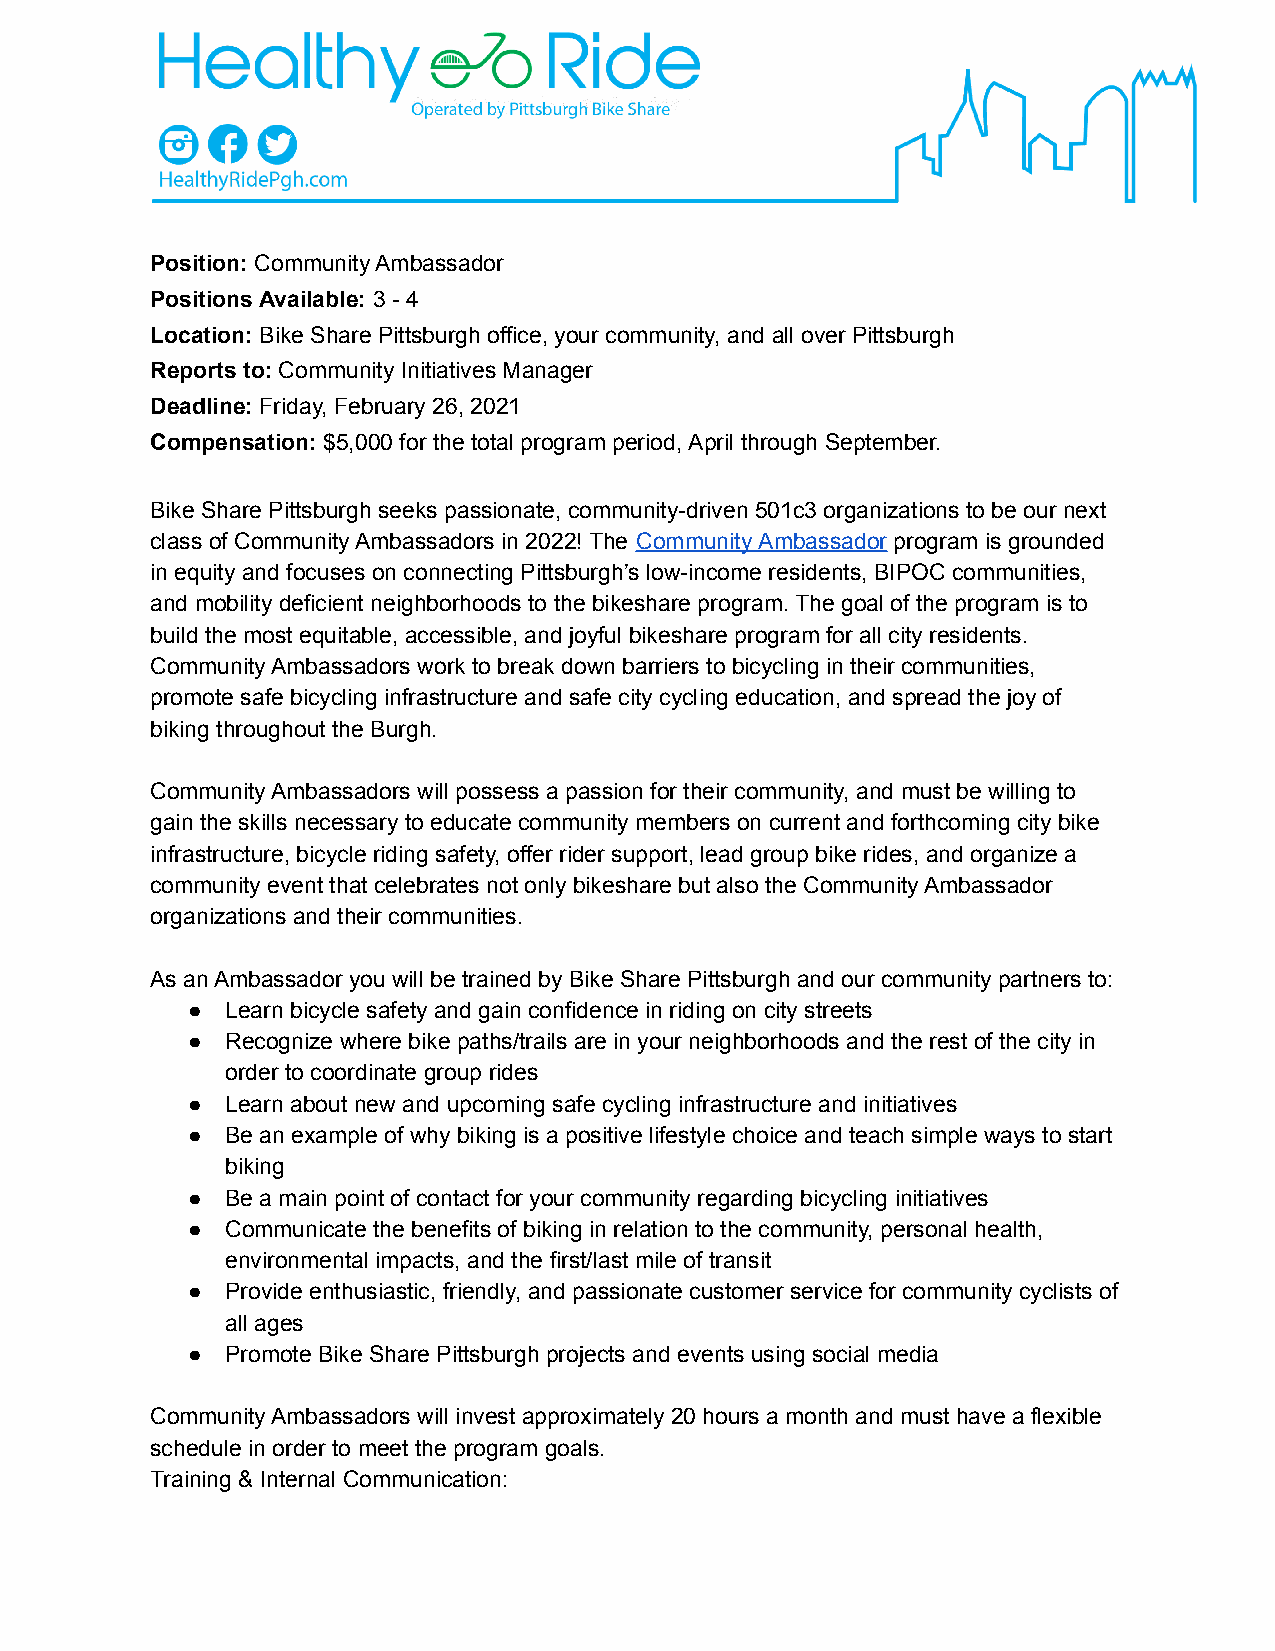
Position: Community Ambassador
 Positions Available: 3 - 4
 Location: Bike Share Pittsburgh office, your community, and all over Pittsburgh
 Reports to: Community Initiatives Manager
 Deadline: Friday, February 26, 2021
 Compensation: $5,000 for the total program period, April through September.
 Bike Share Pittsburgh seeks passionate, community-driven 501c3 organizations to be our next
 class of Community Ambassadors in 2022! The Community Ambassador program is grounded
 in equity and focuses on connecting Pittsburgh’s low-income residents, BIPOC communities,
 and mobility deficient neighborhoods to the bikeshare program. The goal of the program is to
 build the most equitable, accessible, and joyful bikeshare program for all city residents.
 Community Ambassadors work to break down barriers to bicycling in their communities,
 promote safe bicycling infrastructure and safe city cycling education, and spread the joy of
 biking throughout the Burgh.
 Community Ambassadors will possess a passion for their community, and must be willing to
 gain the skills necessary to educate community members on current and forthcoming city bike
 infrastructure, bicycle riding safety, offer rider support, lead group bike rides, and organize a
 community event that celebrates not only bikeshare but also the Community Ambassador
 organizations and their communities.
 As an Ambassador you will be trained by Bike Share Pittsburgh and our community partners to:
 ●  Learn bicycle safety and gain confidence in riding on city streets
 ●  Recognize where bike paths/trails are in your neighborhoods and the rest of the city in
 order to coordinate group rides
 ●  Learn about new and upcoming safe cycling infrastructure and initiatives
 ●  Be an example of why biking is a positive lifestyle choice and teach simple ways to start
 biking
 ●  Be a main point of contact for your community regarding bicycling initiatives
 ●  Communicate the benefits of biking in relation to the community, personal health,
 environmental impacts, and the first/last mile of transit
 ●  Provide enthusiastic, friendly, and passionate customer service for community cyclists of
 all ages
 ●  Promote Bike Share Pittsburgh projects and events using social media
 Community Ambassadors will invest approximately 20 hours a month and must have a flexible
 schedule in order to meet the program goals.
 Training & Internal Communication: